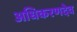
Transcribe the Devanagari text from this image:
अधिकरणदेव